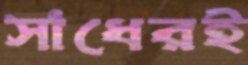
সাধেরই